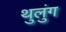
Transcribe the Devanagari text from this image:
थुलुंग